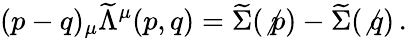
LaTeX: (p-q)_{\mu}{\widetilde{\Lambda}}^{\mu}(p,q)=\widetilde{\Sigma}(\not{p})-\widetilde{\Sigma}(\not{q})\, .